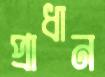
প্রাধান